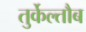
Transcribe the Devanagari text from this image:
तुर्केल्तौब